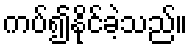
ကပ်၍နိုင်ခဲ့သည်။